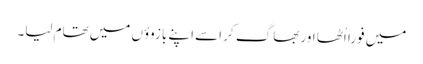
میں فوراً اُٹھا اور بھاگ کر اسے اپنے بازوؤں میں تھام لیا۔